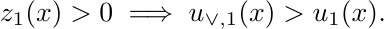
	\begin{align*}
	z_1(x)>0 \implies u_{\vee,1}(x) &>u_1(x).
	\end{align*}